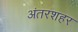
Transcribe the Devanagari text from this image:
अंतरशहर